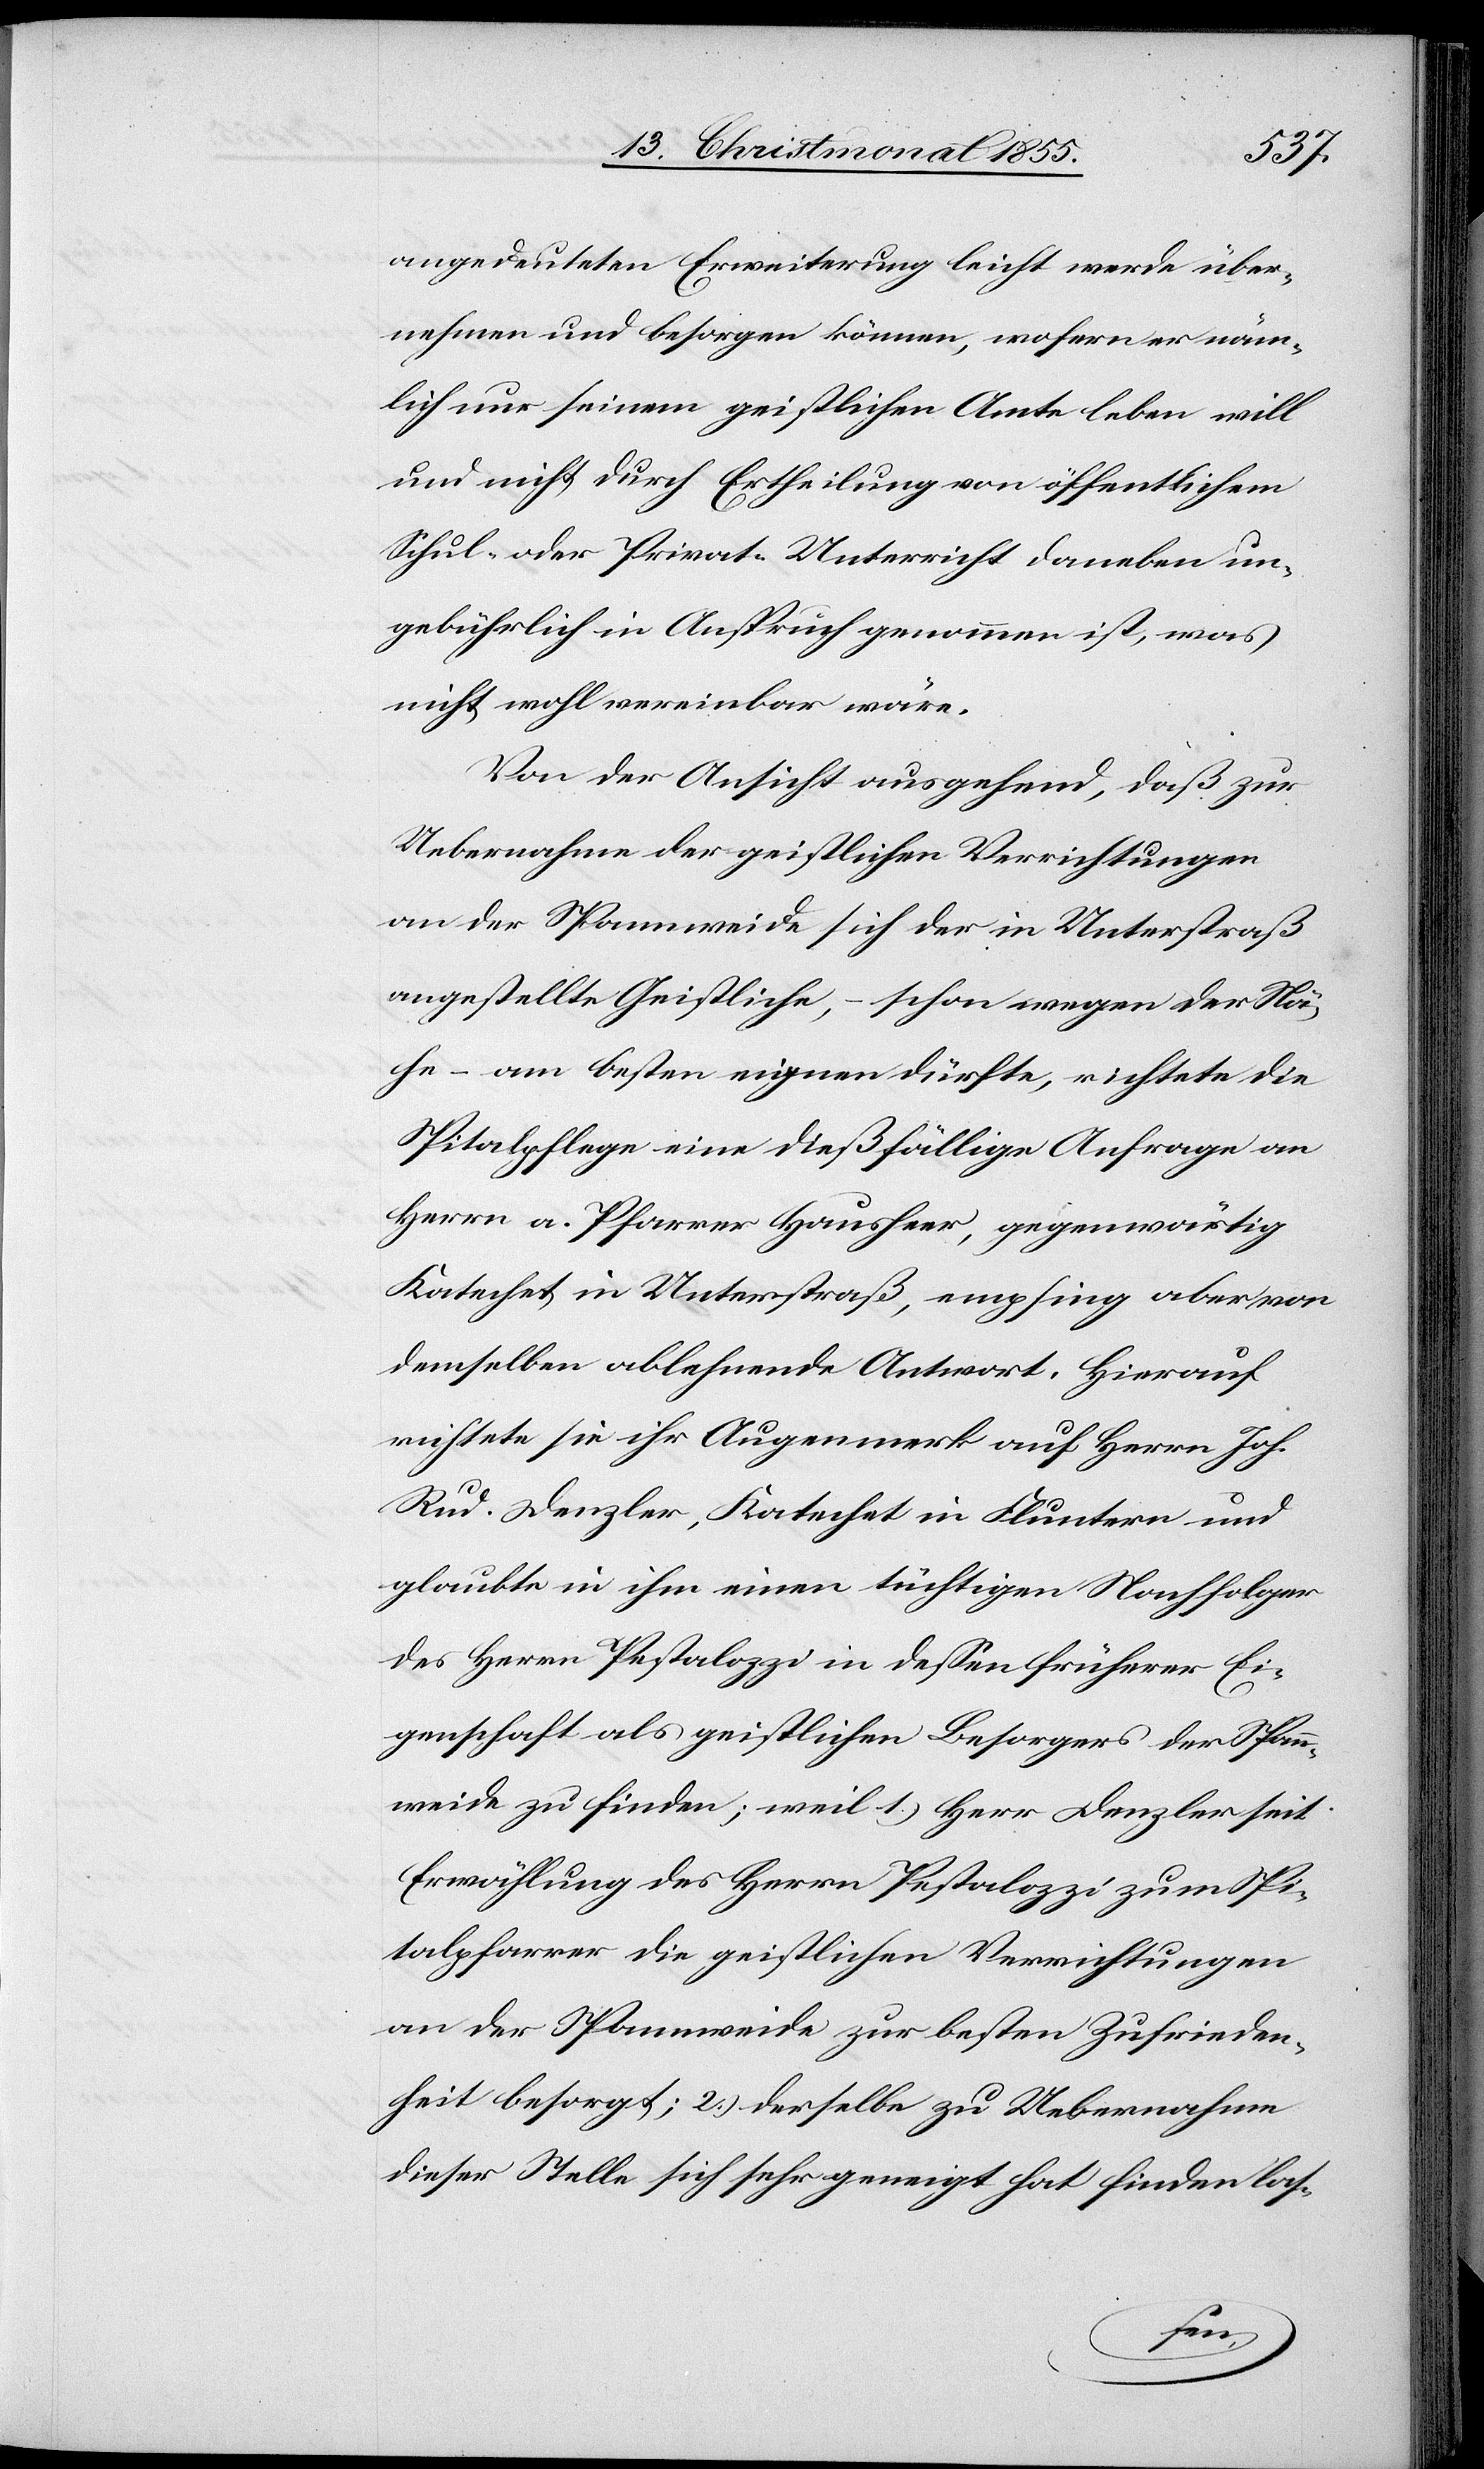
angedeuteten Erweiterung leicht werde über¬
nehmen und besorgen können, wofern er näm¬
lich nur seinem geistlichen Amte leben will
und nicht durch Ertheilung von öffentlichem
Schul- oder Privat-Unterricht daneben un¬
gebührlich in Anspruch genommen ist, was
nicht wohl vereinbar wäre.
Von der Ansicht ausgehend, daß zur
Uebernahme der geistlichen Verrichtungen
an der Spannweide sich der in Unterstraß
angestellte Geistliche, – schon wegen der Nä¬
he – am besten eignen dürfte, richtete die
Spitalpflege eine dießfällige Anfrage an
Herrn a. Pfarrer Hausheer, gegenwärtig
Katechet in Unterstraß, empfing aber von
demselben ablehnende Antwort. Hierauf
richtete sie ihr Augenmerk auf Herrn Joh.
Rud. Denzler, Katechet in Fluntern und
glaubte in ihm einen tüchtigen Nachfolger
des Herrn Pestalozzi in dessen früherer Ei¬
genschaft als geistlichen Besorgers der Spann¬
weide zu finden; weil 1.) Herr Denzler seit
Erwählung des Herrn Pestalozzi zum Spi¬
talpfarrer die geistlichen Verrichtungen
an der Spannweide zur besten Zufrieden¬
heit besorgt; 2.) derselbe zu Uebernahme
dieser Stelle sich sehr geneigt hat finden las-